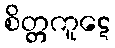
စိတ္တကူဋေ